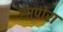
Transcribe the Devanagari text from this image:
सापोरा